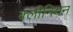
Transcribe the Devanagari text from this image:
क्लीनियन